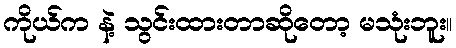
ကိုယ်က နဲ့ သွင်းထားတာဆိုတော့ မသုံးဘူး။